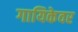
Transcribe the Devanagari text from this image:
गायिकेवर